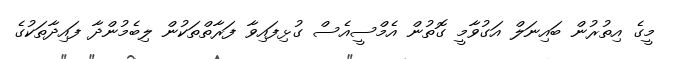
މީގެ އިތުރުން ބައިނަލް އަގުވާމީ ގޮތުން އެމްސީއެސް ގުޅިފައިވާ ފަރާތްތަކުން ލިބެމުންދާ ފައިދާތަކުގެ